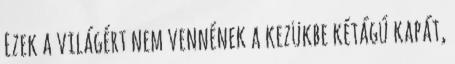
Ezek a világért nem vennének a kezükbe kétágú kapát,